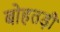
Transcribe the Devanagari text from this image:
बोहतड़ी